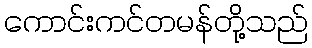
ကောင်းကင်တမန်တို့သည်